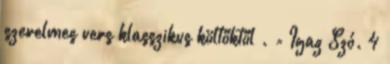
szerelmes vers klasszikus költőktől . = Igaz Szó. 4